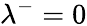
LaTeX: \lambda^{-}=0